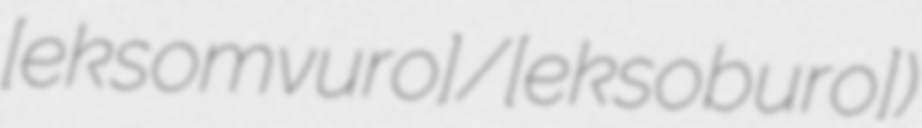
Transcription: [eˈksomvurɣo]/[eˈksoburɡo])